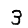
Digit: 3